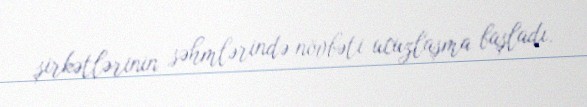
şirkətlərinin səhmlərində növbəti ucuzlaşma başladı.